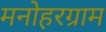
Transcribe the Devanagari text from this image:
मनोहरग्राम